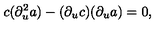
c ( \partial _ { u } ^ { 2 } a ) - ( \partial _ { u } c ) ( \partial _ { u } a ) = 0 ,